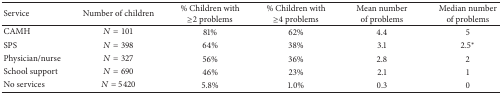
<table><thead><tr><td><b>Service</b></td><td><b>Number of children</b></td><td><b>% Children with ≥2 problems</b></td><td><b>% Children with ≥4 problems</b></td><td><b>Mean number of problems</b></td><td><b>Median number of problems</b></td></tr></thead><tbody><tr><td>CAMH</td><td><i>N</i> = 101</td><td>81%</td><td>62%</td><td>4.4</td><td>5</td></tr><tr><td>SPS</td><td><i>N</i> = 398</td><td>64%</td><td>38%</td><td>3.1</td><td>2.5*</td></tr><tr><td>Physician/nurse</td><td><i>N</i> = 327</td><td>56%</td><td>36%</td><td>2.8</td><td>2</td></tr><tr><td>School support</td><td><i>N</i> = 690</td><td>46%</td><td>23%</td><td>2.1</td><td>1</td></tr><tr><td>No services</td><td><i>N</i> = 5420</td><td>5.8%</td><td>1.0%</td><td>0.3</td><td>0</td></tr></tbody></table>